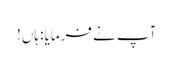
آپ نے فرمایا: ہاں!